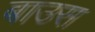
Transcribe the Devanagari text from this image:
बाउस